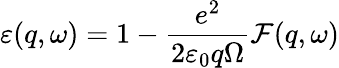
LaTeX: \varepsilon(q,\omega)=1-\frac{e^{2}}{2\varepsilon_{0}q\Omega}{\cal F}(q,\omega)